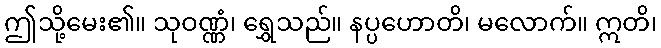
ဤသို့မေး၏။ သုဝဏ္ဏံ၊ ရွှေသည်။ နပ္ပဟောတိ၊ မလောက်။ ဣတိ၊